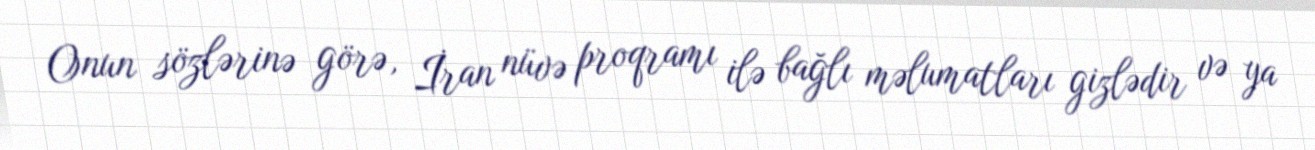
Onun sözlərinə görə, İran nüvə proqramı ilə bağlı məlumatları gizlədir və ya